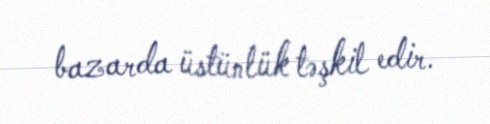
bazarda üstünlük təşkil edir.